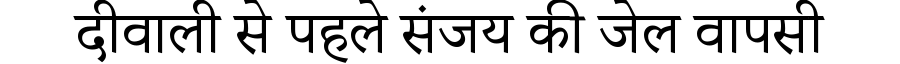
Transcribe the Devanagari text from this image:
दीवाली से पहले संजय की जेल वापसी